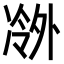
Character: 𫥖